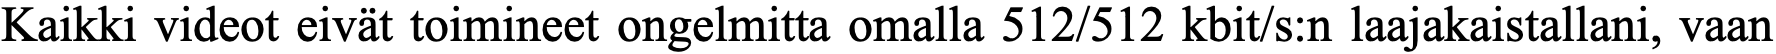
Kaikki videot eivät toimineet ongelmitta omalla 512/512 kbit/s:n laajakaistallani, vaan